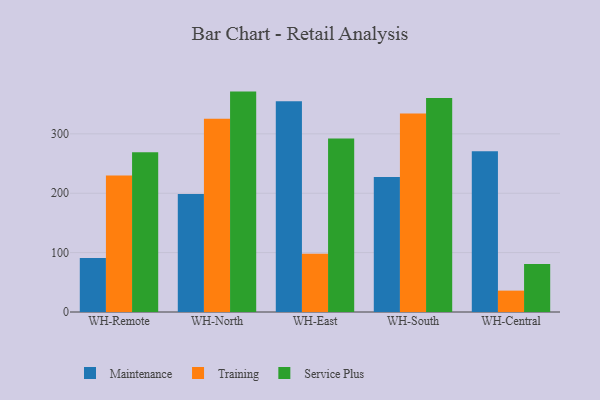
{"axis": {"x": "Warehouse", "y": "Energy Usage (MWh)"}, "legend": ["Maintenance", "Service Plus", "Training"], "data": [{"x": "WH-Remote", "y": 91.1, "type": "Maintenance"}, {"x": "WH-Remote", "y": 230.0, "type": "Training"}, {"x": "WH-Remote", "y": 269.2, "type": "Service Plus"}, {"x": "WH-North", "y": 198.9, "type": "Maintenance"}, {"x": "WH-North", "y": 325.6, "type": "Training"}, {"x": "WH-North", "y": 371.2, "type": "Service Plus"}, {"x": "WH-East", "y": 355.1, "type": "Maintenance"}, {"x": "WH-East", "y": 98.1, "type": "Training"}, {"x": "WH-East", "y": 292.2, "type": "Service Plus"}, {"x": "WH-South", "y": 227.4, "type": "Maintenance"}, {"x": "WH-South", "y": 334.3, "type": "Training"}, {"x": "WH-South", "y": 360.5, "type": "Service Plus"}, {"x": "WH-Central", "y": 270.6, "type": "Maintenance"}, {"x": "WH-Central", "y": 36.0, "type": "Training"}, {"x": "WH-Central", "y": 80.8, "type": "Service Plus"}]}